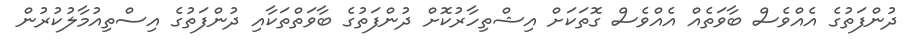
ދުންފަތުގެ އެއްވެސް ބާވަތެއް އެއްވެސް ގޮތަކަށް އިޝްތިހާރުކޮށް ދުންފަތުގެ ބާވަތްތަކާއި ދުންފަތުގެ އިސްތިއުމާލުކުރުން